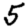
Digit: 5